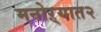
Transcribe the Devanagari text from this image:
मनोऱ्यात२